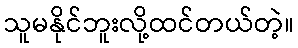
သူမနိုင်ဘူးလို့ထင်တယ်တဲ့။